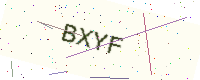
Text: BXYF